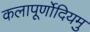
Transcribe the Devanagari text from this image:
कलापूर्णोदियमु